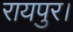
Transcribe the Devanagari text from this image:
रायपुर।